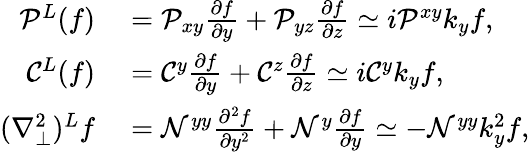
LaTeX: \begin{array}{rl}{\mathcal{P}^{L}(f)}&{{}=\mathcal{P}_{xy}\frac{\partial f}{\partial y}+\mathcal{P}_{yz}\frac{\partial f}{\partial z}\simeq i\mathcal{P}^{xy}k_{y}f,}\\ {\mathcal{C}^{L}(f)}&{{}=\mathcal{C}^{y}\frac{\partial f}{\partial y}+\mathcal{C}^{z}\frac{\partial f}{\partial z}\simeq i\mathcal{C}^{y}k_{y}f,}\\ {(\nabla_{\perp}^{2})^{L}f}&{{}=\mathcal{N}^{yy}\frac{\partial^{2}f}{\partial y^{2}}+\mathcal{N}^{y}\frac{\partial f}{\partial y}\simeq-\mathcal{N}^{yy}k_{y}^{2}f,}\end{array}